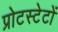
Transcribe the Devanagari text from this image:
प्रोटस्टेटों